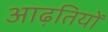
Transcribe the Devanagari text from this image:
आढ़तियों